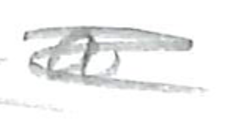
Text: a
Cross-out: scratch
Writing tool: pencil